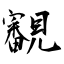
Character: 覾